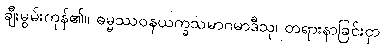
ချီးမွမ်းကုန်၏။ ဓမ္မဿဝနယက္ခသမာဂမာဒီသု၊ တရားနာခြင်းငှာ